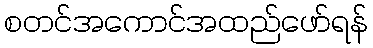
စတင်အကောင်အထည်ဖော်ရန်